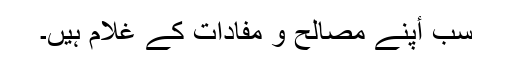
سب أپنے مصالح و مفادات کے غلام ہیں۔